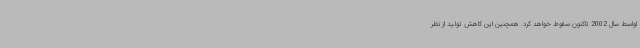
اواسط سال 2002 تاکنون سقوط خواهد کرد. همچنین این کاهش تولید از نظر